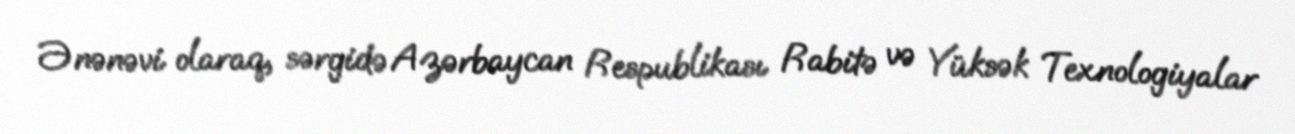
Ənənəvi olaraq, sərgidə Azərbaycan Respublikası Rabitə və Yüksək Texnologiyalar